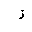
Letter: _thal